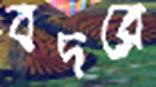
বদরে